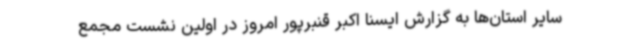
سایر استان‌ها به گزارش ایسنا اکبر قنبرپور امروز در اولین نشست مجمع